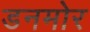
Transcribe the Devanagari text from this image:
डनमोर